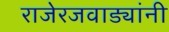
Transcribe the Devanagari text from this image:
राजेरजवाड्यांनी